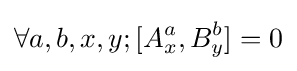
\forall a,b,x,y;[A_{x}^{a},B_{y}^{b}]=0